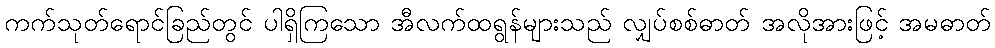
ကက်သုတ်ရောင်ခြည်တွင် ပါရှိကြသော အီလက်ထရွန်များသည် လျှပ်စစ်ဓာတ် အလိုအားဖြင့် အမဓာတ်